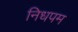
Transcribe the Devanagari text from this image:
निधपम